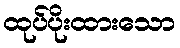
ထုပ်ပိုးထားသော